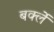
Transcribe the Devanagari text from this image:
बर्क्ले